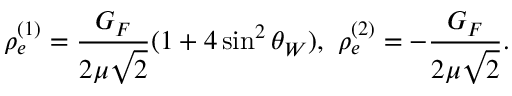
\rho _ { e } ^ { ( 1 ) } = { \frac { G _ { F } } { 2 \mu \sqrt 2 } } ( 1 + 4 \sin ^ { 2 } \theta _ { W } ) , \ \rho _ { e } ^ { ( 2 ) } = - { \frac { G _ { F } } { 2 \mu \sqrt 2 } } .